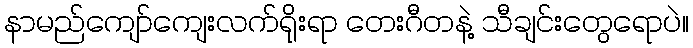
နာမည်ကျော်ကျေးလက်ရိုးရာ တေးဂီတနဲ့ သီချင်းတွေရောပဲ။